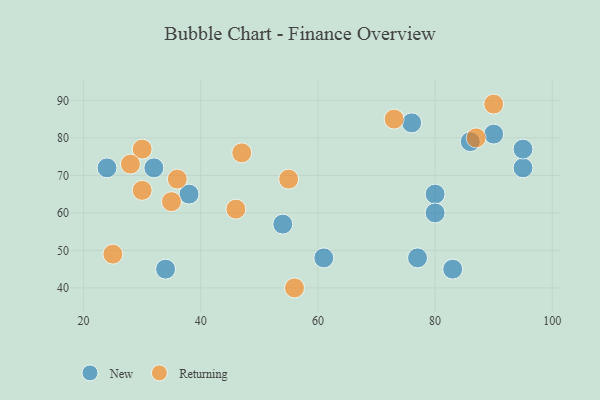
{"axis": {"x": "GDP", "y": "Life Expectancy"}, "legend": ["New", "Returning"], "data": [{"x": "32", "y": 72, "type": "New"}, {"x": "80", "y": 65, "type": "New"}, {"x": "95", "y": 72, "type": "New"}, {"x": "24", "y": 72, "type": "New"}, {"x": "34", "y": 45, "type": "New"}, {"x": "61", "y": 48, "type": "New"}, {"x": "90", "y": 81, "type": "New"}, {"x": "83", "y": 45, "type": "New"}, {"x": "86", "y": 79, "type": "New"}, {"x": "95", "y": 77, "type": "New"}, {"x": "76", "y": 84, "type": "New"}, {"x": "77", "y": 48, "type": "New"}, {"x": "38", "y": 65, "type": "New"}, {"x": "80", "y": 60, "type": "New"}, {"x": "54", "y": 57, "type": "New"}, {"x": "30", "y": 66, "type": "Returning"}, {"x": "87", "y": 80, "type": "Returning"}, {"x": "36", "y": 69, "type": "Returning"}, {"x": "30", "y": 77, "type": "Returning"}, {"x": "25", "y": 49, "type": "Returning"}, {"x": "55", "y": 69, "type": "Returning"}, {"x": "47", "y": 76, "type": "Returning"}, {"x": "56", "y": 40, "type": "Returning"}, {"x": "73", "y": 85, "type": "Returning"}, {"x": "35", "y": 63, "type": "Returning"}, {"x": "46", "y": 61, "type": "Returning"}, {"x": "90", "y": 89, "type": "Returning"}, {"x": "28", "y": 73, "type": "Returning"}]}